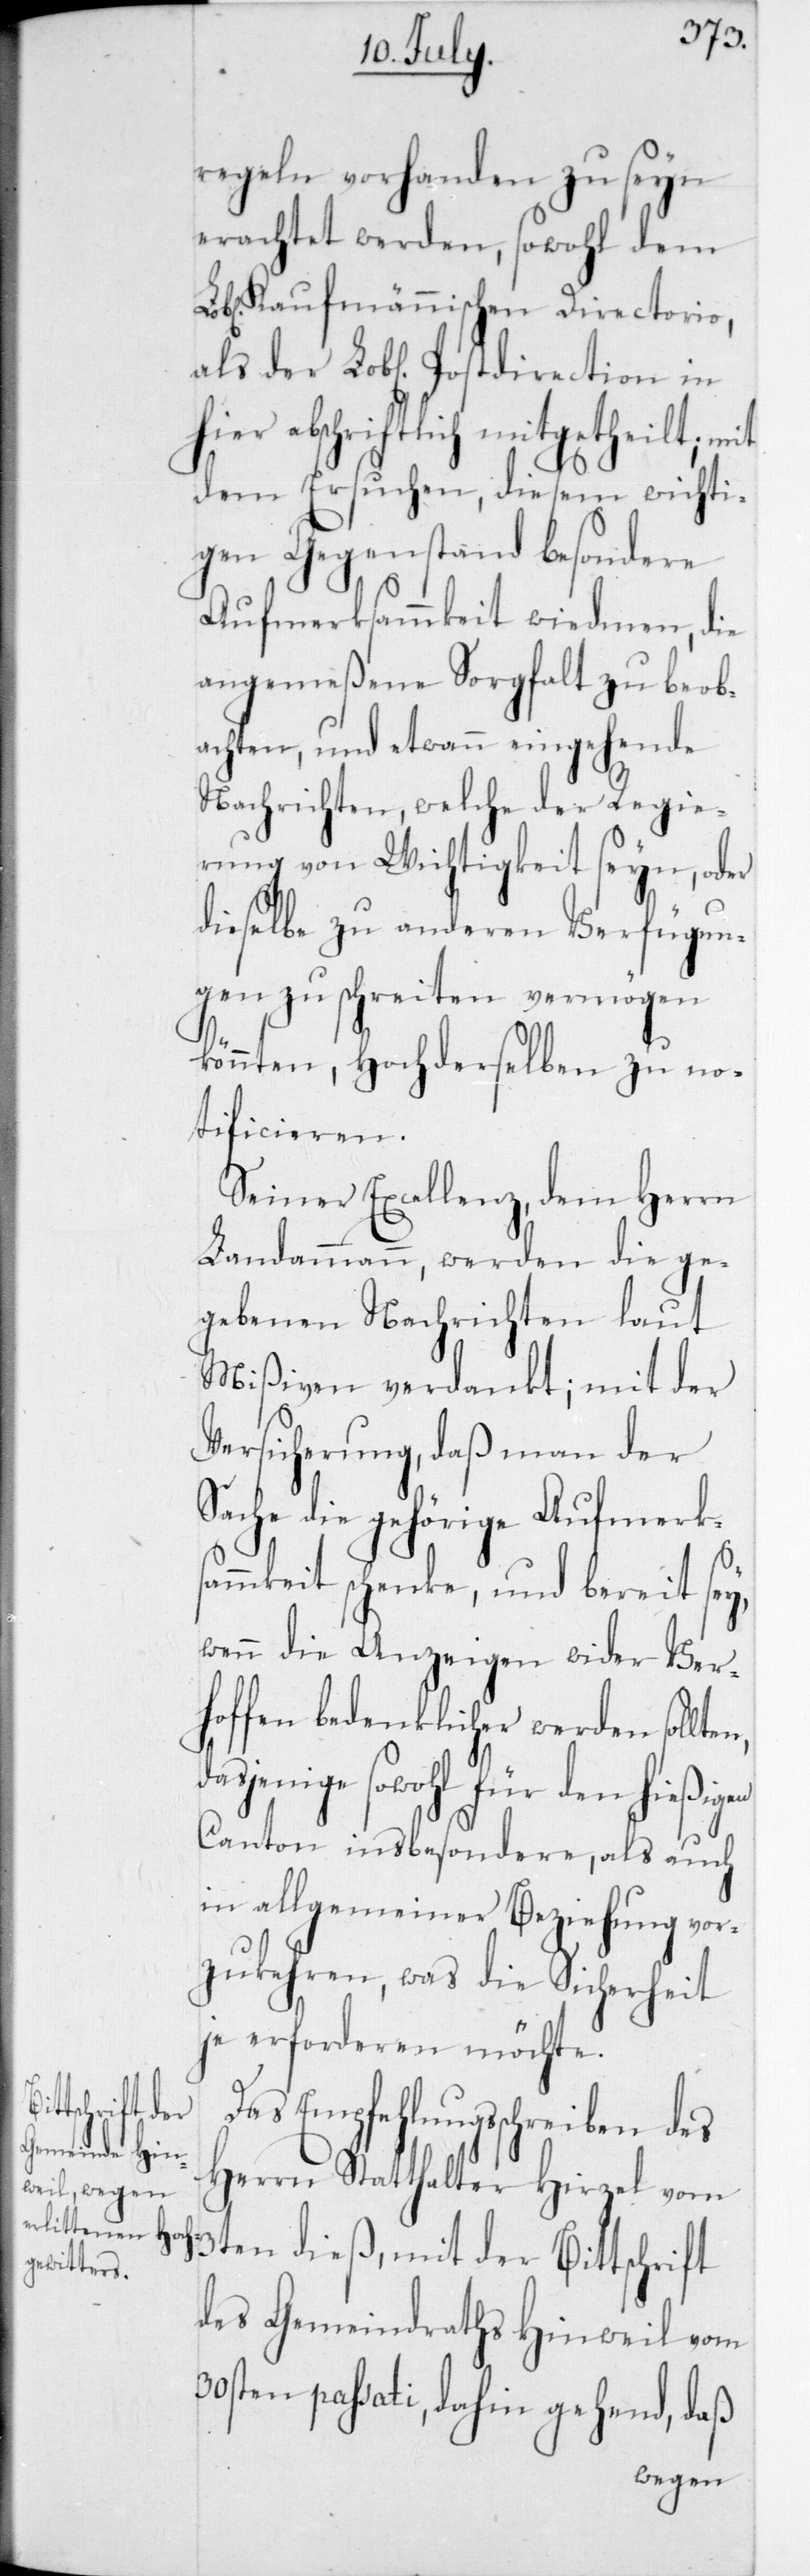
ten, das¬

regeln vorhanden zu seyn
erachtet werden, sowohl dem
Lobl. Kaufmännischen Directorio,
als der Lobl. Postdirection in
hier abschriftlich mitgetheilt, mit
dem Ersuchen, diesem wichti¬
gen Gegenstand besondere
Aufmerksammkeit widmen, die
angemeßene Sorgfalt zu beob¬
achten, und etwann eingehende
Nachrichten, welche der Regie¬
rung von Wichtigkeit seyn, oder
dieselbe zu anderen Verfügun¬
gen zu schreiten vermögen
könnten, Hochderselben zu no¬
tificieren.
Seiner Excellenz, dem Herrn
Landammann, werden die ge¬
gebenen Nachrichten laut
Mißiven verdankt; mit der
Versicherung, daß man der
Sache die gehörige Aufmerk¬
samkeit schenke, und bereit sey,
wenn die Anzeigen wider Ver¬
hoffen bedenklicher werden soll¬
jenige sowohl für den hießigen
Canton insbesondere, als auch
in allgemeiner Beziehung vor¬
zukehren, was die Sicherheit
je erforderen möchte.
Das Empfehlungsschreiben des
Herrn Statthalter Hirzel vom
3ten dieß, mit der Bittschrift
des Gemeindraths Hinweil vom
30sten passati, dahin gehend, daß